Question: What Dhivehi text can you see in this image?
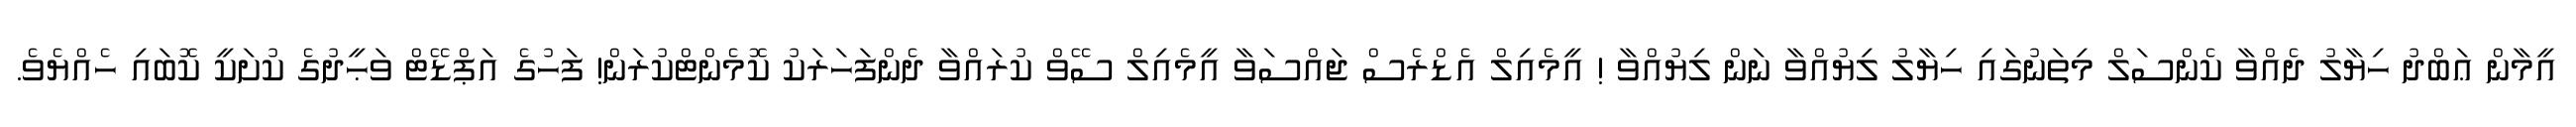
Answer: އީމާން ޢަބްދު ހިޔާލު ދެއްވާ ކެންސަލް މިތަނުގައި ހިޔާލު ލިޔުއްވާ ނަން ލިޔުއްވާ ! އީމެއިލް އެޑްރެސް ޖައްސަވާ އީމެއިލް ސޭވް ކުރައްވާ ދެންފަހަރަކު ކޮމެންޓްކުރަން! ފަހުގެ އަޕްޑޭޓް ވަޙީދުގެ ކުށަކީ ކޮބައި ހެއްޔެވެ.